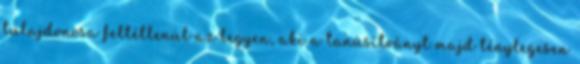
tulajdonosa feltétlenül az legyen, aki a tanúsítványt majd ténylegesen